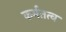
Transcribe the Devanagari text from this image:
कर्मतत्व